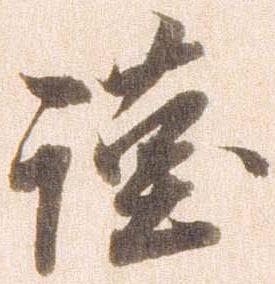
謹